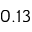
0 . 1 3